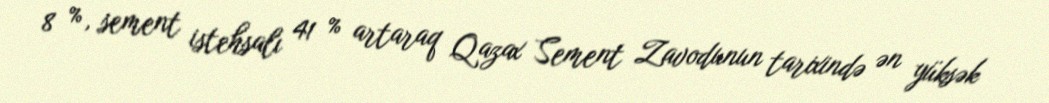
8 %, sement istehsalı 41 % artaraq Qazax Sement Zavodunun tarixində ən yüksək